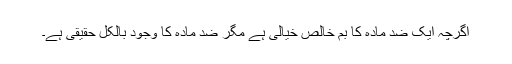
اگرچہ ایک ضد مادّہ کا بم خالص خیالی ہے مگر ضد مادّہ کا وجود بالکل حقیقی ہے۔